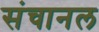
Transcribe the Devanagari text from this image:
संचानल